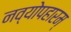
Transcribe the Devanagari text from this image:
नव्योपहारम्